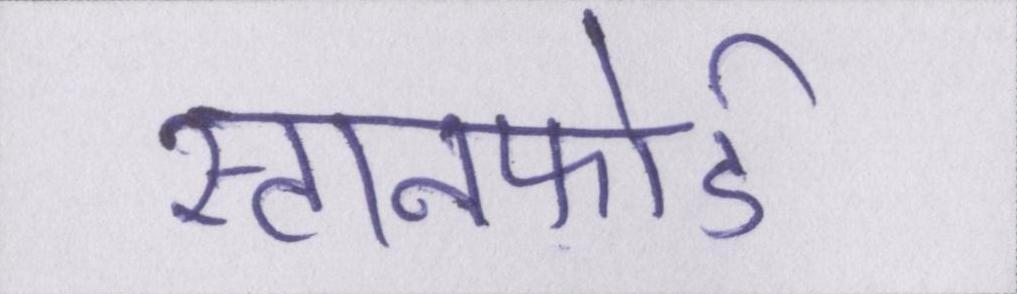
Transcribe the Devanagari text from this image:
स्टानफोर्ड